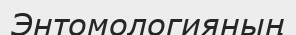
Энтомологияның